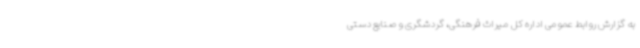
به گزارش روابط عمومی اداره کل میراث فرهنگی، گردشگری و صنایع دستی